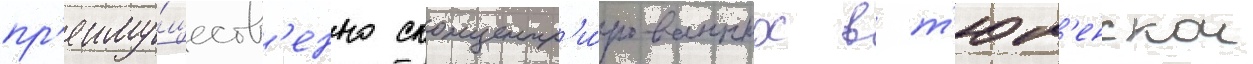
пр'еиму́ществ'енно сконцентр'и́рованных в т'юм'енскои